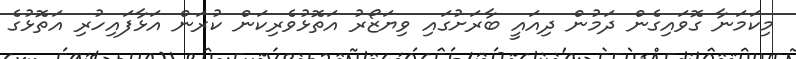
މިކަމަނާ ގޮވައިގެން ދަމުން ދިއައީ ބާރަށުގައި ވިޔަޒޯރު އަތޮޅުވެރިކަން ކުރަން އަޅާފައިހުރި އަތޮޅުގެ